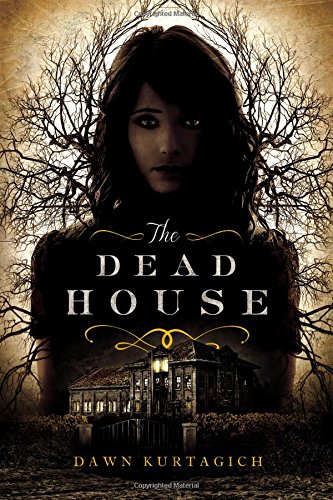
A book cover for The Dead House; Dawn Kurtagich; Teen & Young Adult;